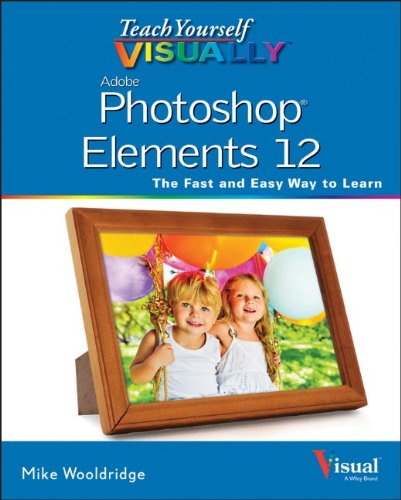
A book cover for Teach Yourself VISUALLY Photoshop Elements 12; Mike Wooldridge; Computers & Technology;